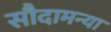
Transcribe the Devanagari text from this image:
सौदामन्या